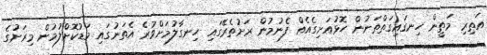
އަތިރި މަތީން ހިނގައިގަތްތަނުން ހޮޅުއަށިގެއެއް ފެނުމުން ރަށުތެރޭގައި ހިނގާލުމަށްވުރެ އެތަނުގައި މަޑުކޮށްލުމުން މިރަށުގެ